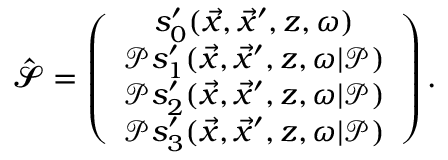
\begin{array} { r } { { \bf \widehat { \mathbfcal { S } } } = \left( \begin{array} { c } { s _ { 0 } ^ { \prime } ( \vec { x } , \vec { x } ^ { \prime } , z , \omega ) } \\ { \mathcal { P } s _ { 1 } ^ { \prime } ( \vec { x } , \vec { x } ^ { \prime } , z , \omega | \mathcal { P } ) } \\ { \mathcal { P } s _ { 2 } ^ { \prime } ( \vec { x } , \vec { x } ^ { \prime } , z , \omega | \mathcal { P } ) } \\ { \mathcal { P } s _ { 3 } ^ { \prime } ( \vec { x } , \vec { x } ^ { \prime } , z , \omega | \mathcal { P } ) } \end{array} \right) . } \end{array}